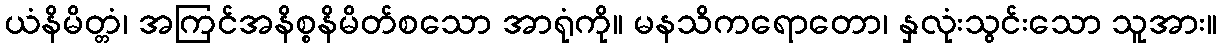
ယံနိမိတ္တံ၊ အကြင်အနိစ္စနိမိတ်စသော အာရုံကို။ မနသိကရောတော၊ နှလုံးသွင်းသော သူအား။